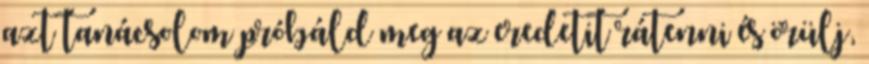
azt tanácsolom próbáld meg az eredetit rátenni és örülj,